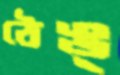
ঠেঙ্